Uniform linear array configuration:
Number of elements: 24
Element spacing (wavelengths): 1
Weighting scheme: hann
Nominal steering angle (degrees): -15
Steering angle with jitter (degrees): -14.552
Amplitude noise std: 0.05
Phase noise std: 0.05

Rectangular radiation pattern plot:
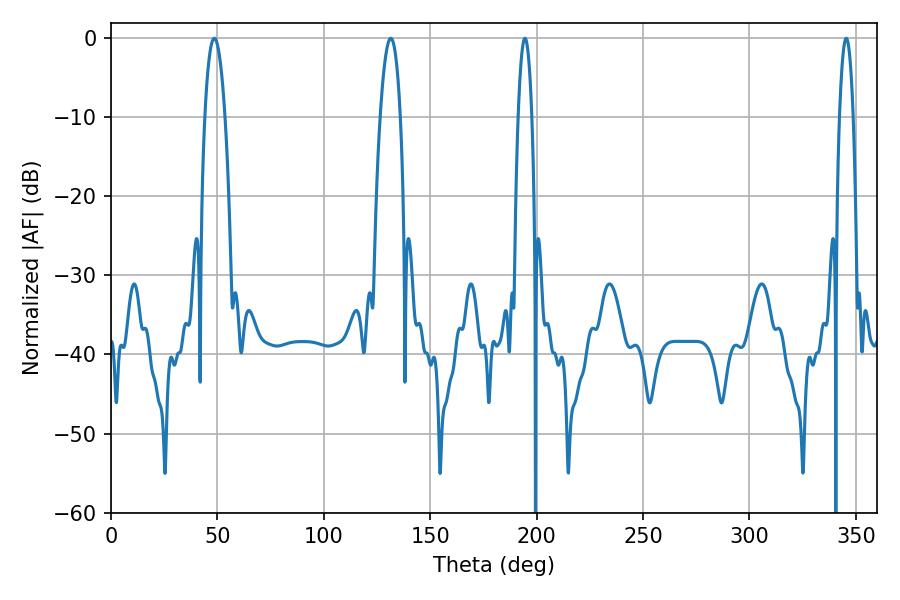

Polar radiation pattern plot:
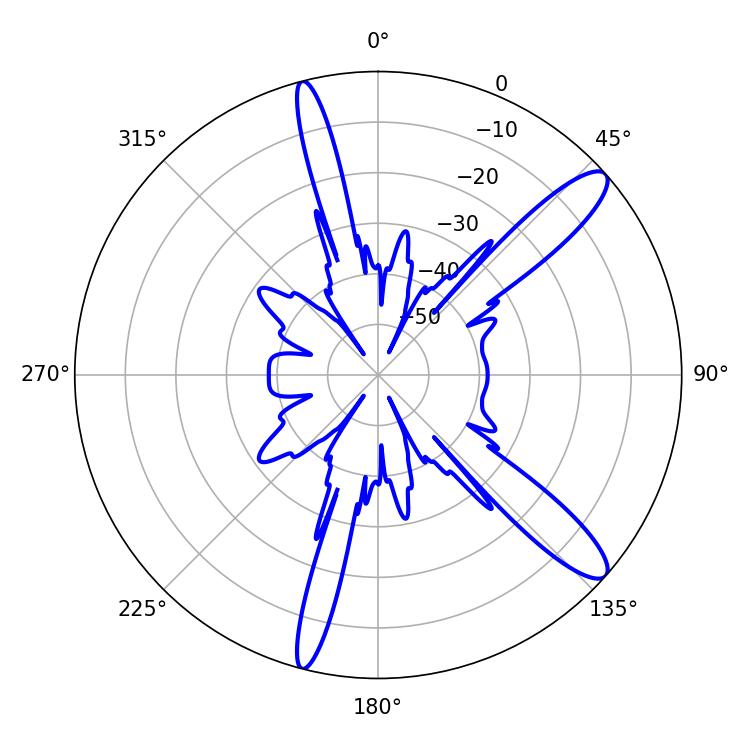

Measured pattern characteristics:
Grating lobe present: TRUE
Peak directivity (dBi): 12.415
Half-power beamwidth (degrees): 5.22
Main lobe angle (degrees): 131.4